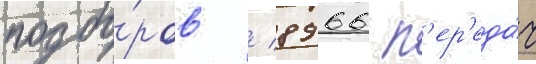
подбо́ров / 8966 п'ер'еда́ч